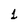
Character: 1